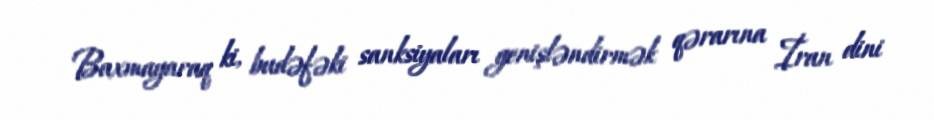
Baxmayaraq ki, budəfəki sanksiyaları genişləndirmək qərarına İran dini